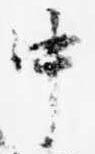
中